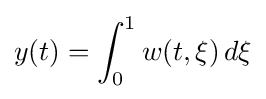
y(t)=\int _{0}^{1}w(t,\xi )\,d\xi